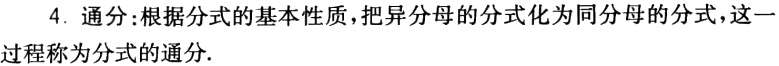
4. 通分:根据分式的基本性质,把异分母的分式化为同分母的分式,这一过程称为分式的通分.